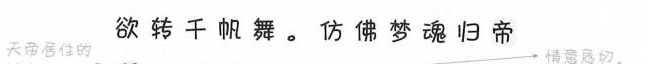
天地居住的 欲转千帆舞。仿佛梦魂归帝 情意恳切。